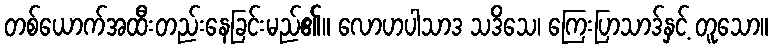
တစ်ယောက်အထီးတည်းနေခြင်းမည်၏။ လောဟပါသာဒ သဒိသေ၊ ကြေးပြာသာဒ်နှင့် တူသော။